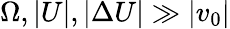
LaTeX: \Omega,|U|,|\Delta U|\gg|v_{0}|